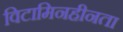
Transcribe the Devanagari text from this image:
विटामिनहीनता